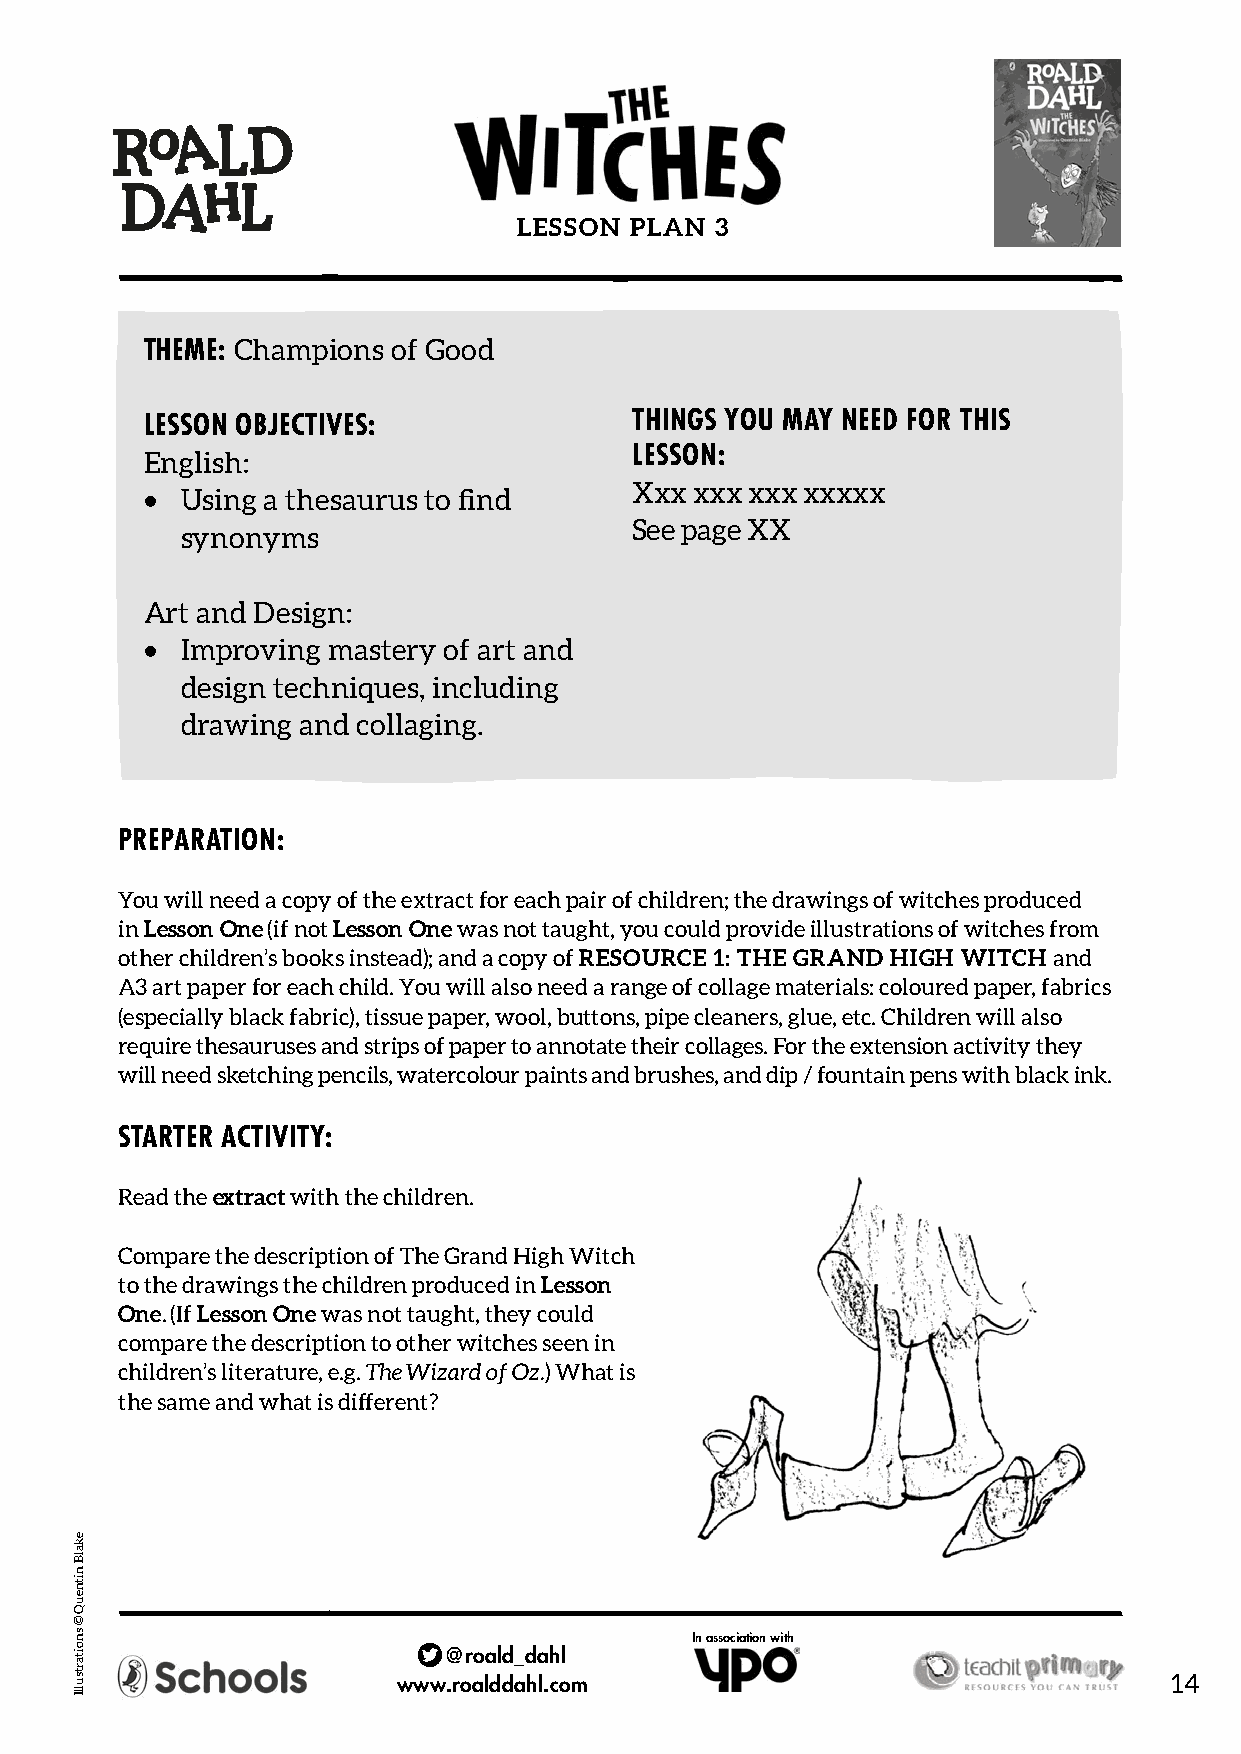
LESSON  PLAN 3
 THEME: Champions of Good
 LESSON OBJECTIVES:               THINGS YOU MAY NEED FOR THIS
 English:                         LESSON:
 Xxx xxx xxx xxxxx
 •  Using a thesaurus to find
 See page XX
 synonyms
 Art and Design:
 •  Improving mastery of art and
 design techniques, including
 drawing and collaging.
 PREPARATION:
 You will need a copy of the extract for each pair of children; the drawings of witches produced
 in Lesson One (if not Lesson One was not taught, you could provide illustrations of witches from
 other children’s books instead); and a copy of RESOURCE 1: THE GRAND HIGH WITCH and
 A3 art paper for each child. You will also need a range of collage materials: coloured paper, fabrics
 (especially black fabric), tissue paper, wool, buttons, pipe cleaners, glue, etc. Children will also
 require thesauruses and strips of paper to annotate their collages. For the extension activity they
 will need sketching pencils, watercolour paints and brushes, and dip / fountain pens with black ink.
 STARTER ACTIVITY:
 Read the extract with the children.
 Compare the description of The Grand High Witch
 to the drawings the children produced in Lesson
 One. (If Lesson One was not taught, they could
 compare the description to other witches seen in
 children’s literature, e.g. The Wizard of Oz.) What is
 the same and what is different?
 In association with
 @roald_dahl
 www.roalddahl.com                                  14
 ekalB
 nitneuQ
 ©
 snoitartsullI